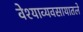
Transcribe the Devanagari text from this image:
वेश्याव्यवसायातले